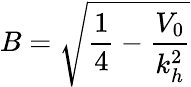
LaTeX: B=\sqrt{\frac{1}{4}-\frac{V_{0}}{k_{h}^{2}}}